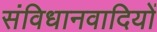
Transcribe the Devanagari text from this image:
संविधानवादियों